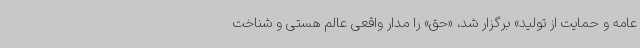
عامه و حمایت از تولید» برگزار شد، «حق» را مدار واقعی عالم هستی و شناخت